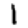
Digit: 1